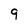
Character: 9